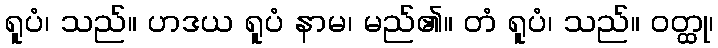
ရူပံ၊ သည်။ ဟဒယ ရူပံ နာမ၊ မည်၏။ တံ ရူပံ၊ သည်။ ဝတ္ထု၊